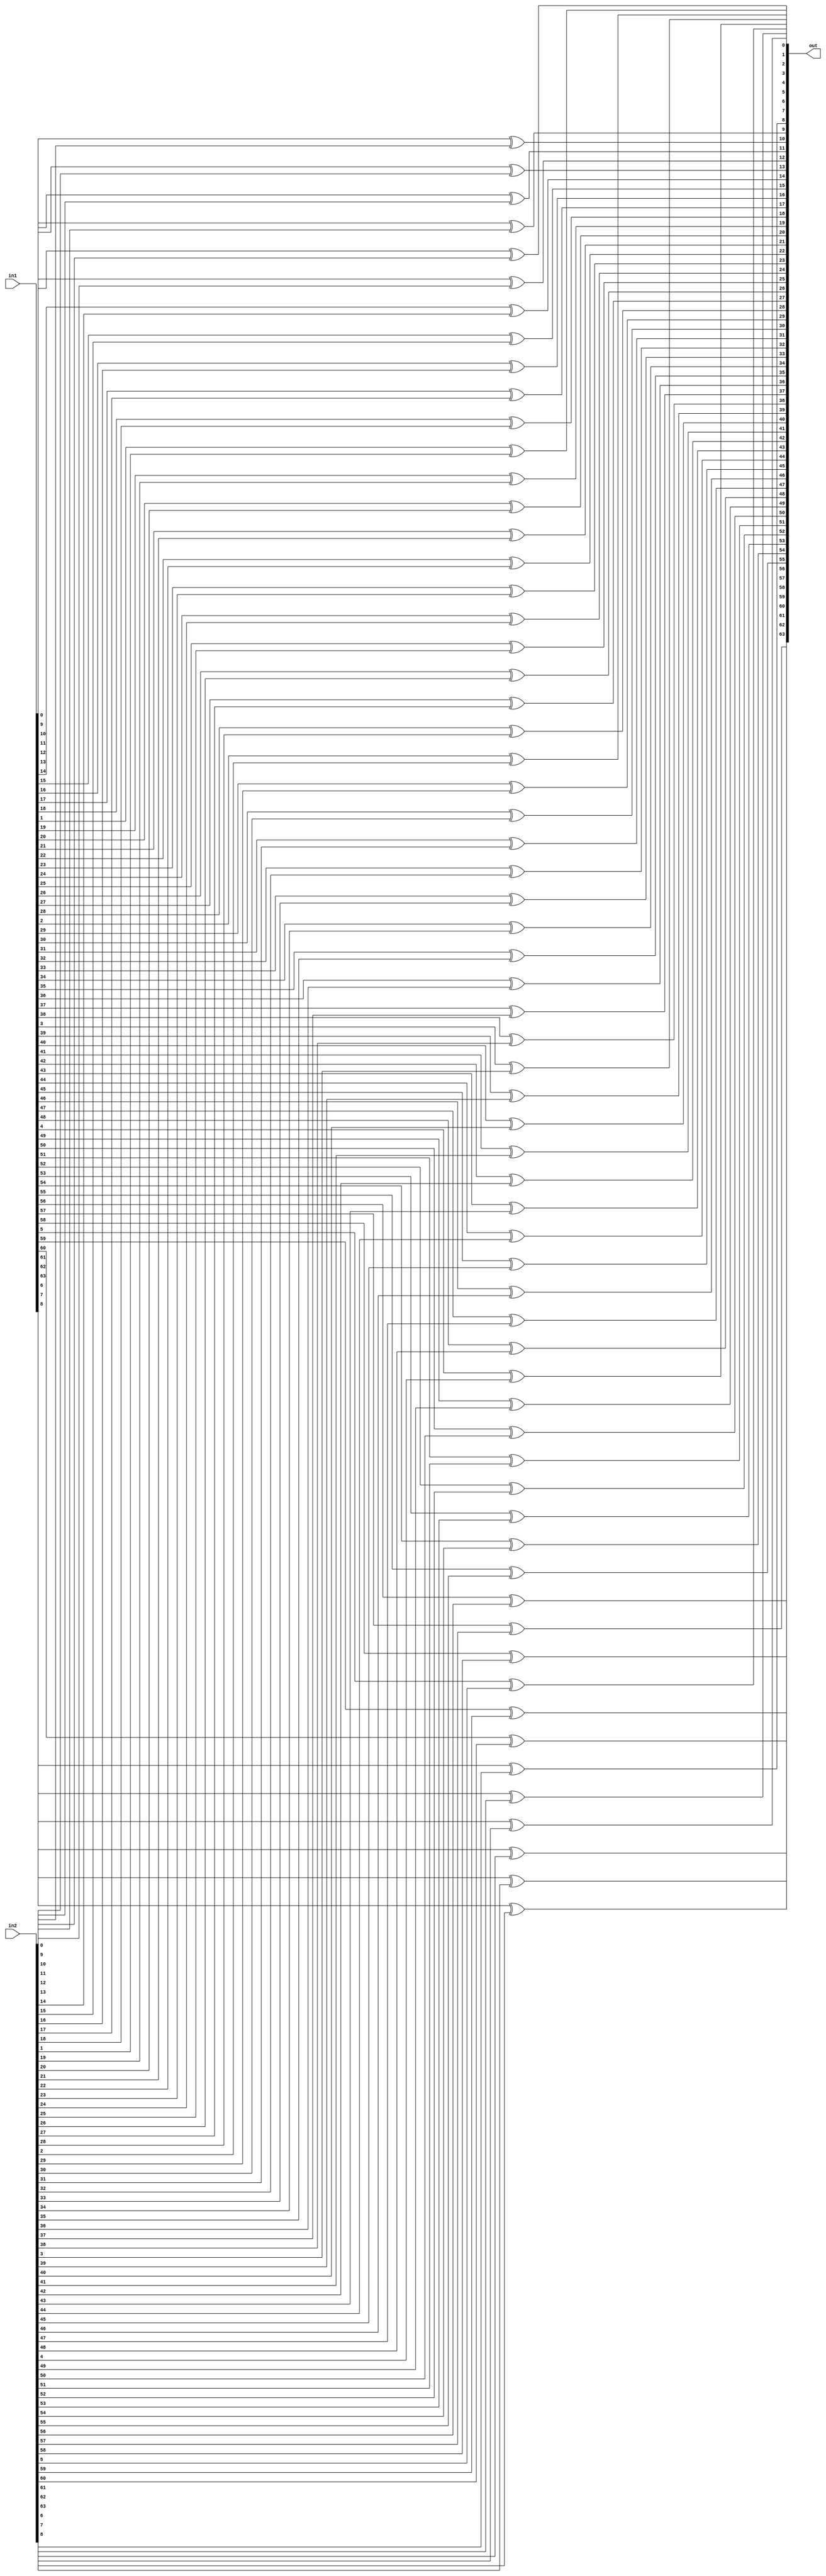
module xor_ (in1, in2, out);

	input  [63:0] in1, in2;
	output [63:0] out;

	genvar i;
	generate
		for (i = 0; i < 64; i = i + 1) begin
			xor(out[i], in1[i], in2[i]);
		end
	endgenerate

endmodule